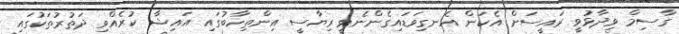
ގާސިމް ވިދާޅުވީ ރައީސަށް އެކަން އެނގިވަޑައިގެންނެވީ ރިޔާސީ އިންތިހާބުގައި އައިޝާ ކުރެއްވި ދަތުރުތަކުގައި